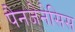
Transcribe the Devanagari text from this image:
पैनजेनेसिस